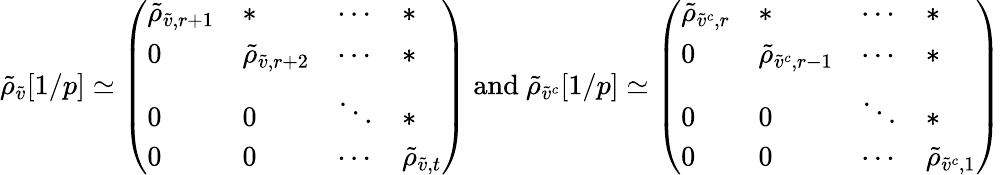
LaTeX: \tilde{\rho}_{\tilde{v}}[1/p]\simeq\left(\begin{array}{llll}{\tilde{\rho}_{\tilde{v},r+1}}&{*}&{\cdots}&{*}\\ {0}&{\tilde{\rho}_{\tilde{v},r+2}}&{\cdots}&{*}\\ {0}&{0}&{\ddots}&{*}\\ {0}&{0}&{\cdots}&{\tilde{\rho}_{\tilde{v},t}}\end{array}\right)\mathrm{~and~}\tilde{\rho}_{\tilde{v}^{c}}[1/p]\simeq\left(\begin{array}{llll}{\tilde{\rho}_{\tilde{v}^{c},r}}&{*}&{\cdots}&{*}\\ {0}&{\tilde{\rho}_{\tilde{v}^{c},r-1}}&{\cdots}&{*}\\ {0}&{0}&{\ddots}&{*}\\ {0}&{0}&{\cdots}&{\tilde{\rho}_{\tilde{v}^{c},1}}\end{array}\right)